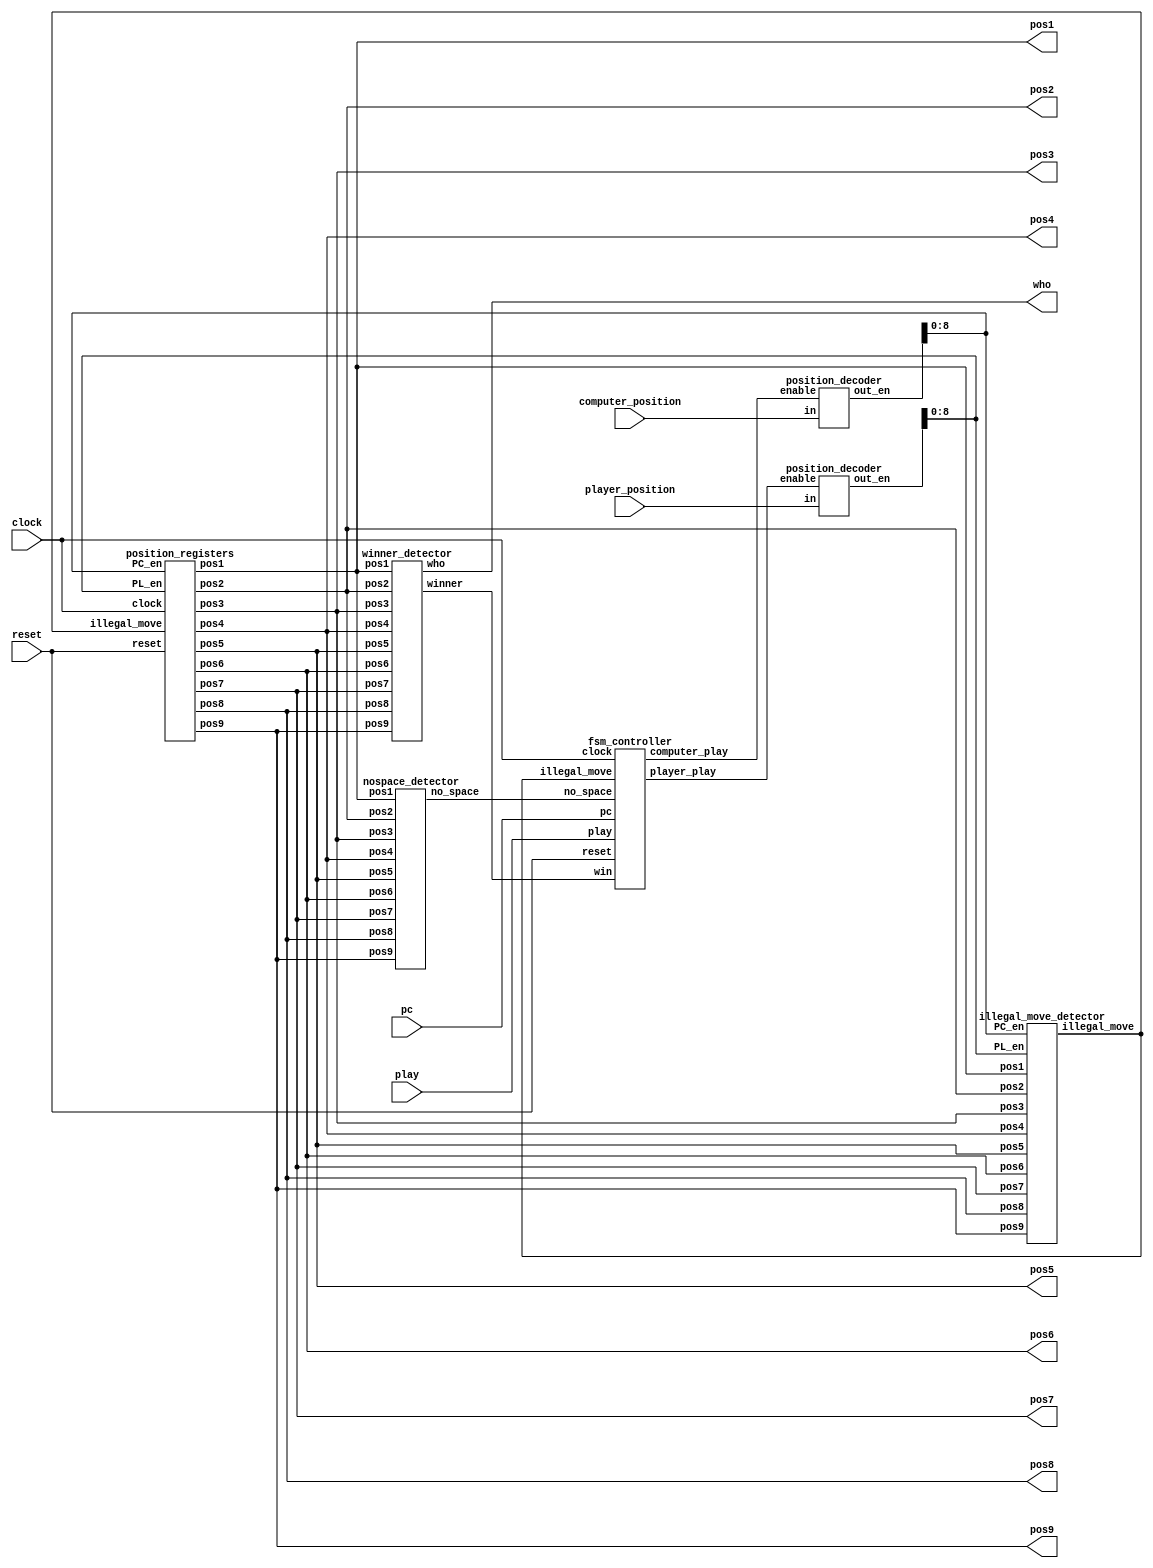
`timescale 1ns / 1ps
//////////////////////////////////////////////////////////////////////////////////
// Company: 
// Engineer: 
// 
// Design Name: 
// Module Name:    tic_tac_toe_game 
// Project Name: 
// Target Devices: 
// Tool versions: 
// Description: 
//
// Dependencies: 
//
// Revision: 
// Revision 0.01 - File Created
// Additional Comments: 
//
//////////////////////////////////////////////////////////////////////////////////
module tic_tac_toe_game(
    input clock, // clock of the game 
     input reset, // reset button to reset the game 
     input play, // play button to enable player to play 
     input pc, // pc button to enable computer to play 
     input [3:0] computer_position,player_position, 
     // positions to play 
     output wire [1:0] pos1,pos2,pos3,
     pos4,pos5,pos6,pos7,pos8,pos9,
     // LED display for positions 
     // 01: Player 
     // 10: Computer 
     output wire[1:0]who 
     // who the winner is 
     );
	  
	  wire [15:0] PC_en;// Computer enable signals 
 wire [15:0] PL_en; // Player enable signals 
 wire illegal_move; // disable writing when an illegal move is detected 
 //wire [1:0] pos1,pos2,pos3,pos4,pos5,pos6,pos7,pos8,pos9;// positions stored
 wire win; // win signal 
 wire computer_play; // computer enabling signal 
 wire player_play; // player enabling signal 
 wire no_space;
 position_registers position_reg_unit(
      clock, // clock of the game 
      reset, // reset the game 
      illegal_move, // disable writing when an illegal move is detected 
      PC_en[8:0], // Computer enable signals 
      PL_en[8:0], // Player enable signals 
      pos1,pos2,pos3,pos4,pos5,pos6,pos7,pos8,pos9// positions stored
      );
		
		// winner detector 
 winner_detector win_detect_unit(pos1,pos2,pos3,pos4,pos5,pos6,pos7,pos8,pos9,win,who);
 // position decoder for computer 
 position_decoder pd1(computer_position,computer_play,PC_en);
 // position decoder for player  
 position_decoder pd2(player_position,player_play,PL_en); 
 // illegal move detector
  illegal_move_detector imd_unit(
   pos1,pos2,pos3,pos4,pos5,pos6,pos7,pos8,pos9, 
   PC_en[8:0], PL_en[8:0], 
   illegal_move
   );
	// no space detector 
 nospace_detector nsd_unit(
   pos1,pos2,pos3,pos4,pos5,pos6,pos7,pos8,pos9, 
   no_space
    ); 
 fsm_controller tic_tac_toe_controller(
     clock,// clock of the circuit 
     reset,// reset 
     play, // player plays 
     pc,// computer plays 
     illegal_move,// illegal move detected 
     no_space, // no_space detected 
     win, // winner detected 
     computer_play, // enable computer to play 
     player_play // enable player to play 
     );
endmodule 

	// when enabling by the FSM controller 
module position_registers(
      input clock, // clock of the game 
      input reset, // reset the game 
      input illegal_move, // disable writing when an illegal move is detected 
      input [8:0] PC_en, // Computer enable signals 
      input [8:0] PL_en, // Player enable signals 
      output reg[1:0] pos1,pos2,pos3,pos4,pos5,pos6,pos7,pos8,pos9// positions stored
      );
// Position 1 
 always @(posedge clock or posedge reset)
 begin
  if(reset) 
   pos1 <= 2'b00;
  else begin
   if(illegal_move==1'b1)
    pos1 <= pos1;// keep previous position
   else if(PC_en[0]==1'b1)
    pos1 <= 2'b10; // store computer data 
   else if (PL_en[0]==1'b1)
    pos1 <= 2'b01;// store player data 
   else 
    pos1 <= pos1;// keep previous position
  end 
 end 
 // Position 2 
 always @(posedge clock or posedge reset)
 begin
  if(reset) 
   pos2 <= 2'b00;
  else begin
   if(illegal_move==1'b1)
    pos2 <= pos2;// keep previous position
   else if(PC_en[1]==1'b1)
    pos2 <= 2'b10; // store computer data 
   else if (PL_en[1]==1'b1)
    pos2 <= 2'b01;// store player data 
   else 
    pos2 <= pos2;// keep previous position
  end 
 end 
 
 // Position 3 
 always @(posedge clock or posedge reset)
 begin
  if(reset) 
   pos3 <= 2'b00;
  else begin
   if(illegal_move==1'b1)
    pos3 <= pos3;// keep previous position
   else if(PC_en[2]==1'b1)
    pos3 <= 2'b10; // store computer data 
   else if (PL_en[2]==1'b1)
    pos3 <= 2'b01;// store player data 
   else 
    pos3 <= pos3;// keep previous position
  end 
 end  
 // Position 4 
 always @(posedge clock or posedge reset)
 begin
  if(reset) 
   pos4 <= 2'b00;
  else begin
   if(illegal_move==1'b1)
    pos4 <= pos4;// keep previous position
   else if(PC_en[3]==1'b1)
    pos4 <= 2'b10; // store computer data 
   else if (PL_en[3]==1'b1)
    pos4 <= 2'b01;// store player data 
   else 
    pos4 <= pos4;// keep previous position
  end 
 end 
 // Position 5 
 always @(posedge clock or posedge reset)
 begin
  if(reset) 
   pos5 <= 2'b00;
  else begin
   if(illegal_move==1'b1)
    pos5 <= pos5;// keep previous position
   else if(PC_en[4]==1'b1)
    pos5 <= 2'b10; // store computer data 
   else if (PL_en[4]==1'b1)
    pos5 <= 2'b01;// store player data 
   else 
    pos5 <= pos5;// keep previous position
  end 
 end 
 // Position 6 
 always @(posedge clock or posedge reset)
 begin
  if(reset) 
   pos6 <= 2'b00;
  else begin
   if(illegal_move==1'b1)
    pos6 <= pos6;// keep previous position
   else if(PC_en[5]==1'b1)
    pos6 <= 2'b10; // store computer data 
   else if (PL_en[5]==1'b1)
    pos6 <= 2'b01;// store player data 
   else 
    pos6 <= pos6;// keep previous position
  end 
 end // Position 7 
 always @(posedge clock or posedge reset)
 begin
  if(reset) 
   pos7 <= 2'b00;
  else begin
   if(illegal_move==1'b1)
    pos7 <= pos7;// keep previous position
   else if(PC_en[6]==1'b1)
    pos7 <= 2'b10; // store computer data 
   else if (PL_en[6]==1'b1)
    pos7 <= 2'b01;// store player data 
   else 
    pos7 <= pos7;// keep previous position
  end 
 end 
 // Position 8 
 always @(posedge clock or posedge reset)
 begin
  if(reset) 
   pos8 <= 2'b00;
  else begin
   if(illegal_move==1'b1)
    pos8 <= pos8;// keep previous position
   else if(PC_en[7]==1'b1)
    pos8 <= 2'b10; // store computer data 
   else if (PL_en[7]==1'b1)
    pos8 <= 2'b01;// store player data 
   else 
    pos8 <= pos8;// keep previous position
  end 
 end 
 // Position 9 
 always @(posedge clock or posedge reset)
 begin
  if(reset) 
   pos9 <= 2'b00;
  else begin
   if(illegal_move==1'b1)
    pos9 <= pos9;// keep previous position
   else if(PC_en[8]==1'b1)
    pos9 <= 2'b10; // store computer data 
   else if (PL_en[8]==1'b1)
    pos9 <= 2'b01;// store player data 
   else 
    pos9 <= pos9;// keep previous position
  end 
 end  
endmodule 
 
 module fsm_controller(
     input clock,// clock of the circuit 
     input reset,// reset 
     play, // player plays 
     pc,// computer plays 
     illegal_move,// illegal move detected 
     no_space, // no_space detected 
     win, // winner detected 
     output reg computer_play, // enable computer to play 
     player_play // enable player to play 
     );
	  
	  // FSM States 
parameter IDLE=2'b00;
parameter PLAYER=2'b01;
parameter COMPUTER=2'b10;
parameter GAME_DONE=2'b11;
reg[1:0] current_state, next_state;
// current state registers 
always @(posedge clock or posedge reset) 
begin 
 if(reset)
  current_state <= IDLE;
 else 
  current_state <= next_state;
end 
 
 // next state 
always @(*)
 begin
 case(current_state)
 IDLE: begin 
  if(reset==1'b0 && play == 1'b1)
   next_state <= PLAYER; // player to play 
  else 
   next_state <= IDLE;
  player_play <= 1'b0;
  computer_play <= 1'b0;
 end 
  PLAYER:begin 
  player_play <= 1'b1;
  computer_play <= 1'b0;
  if(illegal_move==1'b0)
   next_state <= COMPUTER; // computer to play 
  else 
   next_state <= IDLE;
 end 
 COMPUTER:begin 
  player_play <= 1'b0;
  if(pc==1'b0) begin 
   next_state <= COMPUTER;
   computer_play <= 1'b0;
  end
   else if(win==1'b0 && no_space == 1'b0)
  begin 
   next_state <= IDLE;
   computer_play <= 1'b1;// computer to play when PC=1
  end 
  else if(no_space == 1 || win ==1'b1)
  begin 
   next_state <= GAME_DONE; // game done 
   computer_play <= 1'b1;// computer to play when PC=1
  end  
 end 
GAME_DONE:begin // game done
  player_play <= 1'b0;
  computer_play <= 1'b0; 
  if(reset==1'b1) 
   next_state <= IDLE;// reset the game to IDLE 
  else 
   next_state <= GAME_DONE;  
 end 
 default: next_state <= IDLE; 
 endcase
 end
endmodule 		

module nospace_detector(
   input [1:0] pos1,pos2,pos3,pos4,pos5,pos6,pos7,pos8,pos9, 
   output wire no_space
    );
wire temp1,temp2,temp3,temp4,temp5,temp6,temp7,temp8,temp9;
// detect no more space     
assign temp1 = pos1[1] | pos1[0];
assign temp2 = pos2[1] | pos2[0];
assign temp3 = pos3[1] | pos3[0];
assign temp4 = pos4[1] | pos4[0];
assign temp5 = pos5[1] | pos5[0];
assign temp6 = pos6[1] | pos6[0];
assign temp7 = pos7[1] | pos7[0];
assign temp8 = pos8[1] | pos8[0];
assign temp9 = pos9[1] | pos9[0];
// output
assign no_space =((((((((temp1 & temp2) & temp3) & temp4) & temp5) & temp6) & temp7) & temp8) & temp9);
endmodule 


module illegal_move_detector(
   input [1:0] pos1,pos2,pos3,pos4,pos5,pos6,pos7,pos8,pos9, 
   input [8:0] PC_en, PL_en, 
   output wire illegal_move
   );
wire temp1,temp2,temp3,temp4,temp5,temp6,temp7,temp8,temp9;
wire temp11,temp12,temp13,temp14,temp15,temp16,temp17,temp18,temp19;
wire temp21,temp22;
// player : illegal moving    
assign temp1 = (pos1[1] | pos1[0]) & PL_en[0];
assign temp2 = (pos2[1] | pos2[0]) & PL_en[1];
assign temp3 = (pos3[1] | pos3[0]) & PL_en[2];
assign temp4 = (pos4[1] | pos4[0]) & PL_en[3];
assign temp5 = (pos5[1] | pos5[0]) & PL_en[4];
assign temp6 = (pos6[1] | pos6[0]) & PL_en[5];
assign temp7 = (pos7[1] | pos7[0]) & PL_en[6];
assign temp8 = (pos8[1] | pos8[0]) & PL_en[7];
assign temp9 = (pos9[1] | pos9[0]) & PL_en[8];
// computer : illegal moving  
assign temp11 = (pos1[1] | pos1[0]) & PC_en[0];
assign temp12 = (pos2[1] | pos2[0]) & PC_en[1];
assign temp13 = (pos3[1] | pos3[0]) & PC_en[2];
assign temp14 = (pos4[1] | pos4[0]) & PC_en[3];
assign temp15 = (pos5[1] | pos5[0]) & PC_en[4];
assign temp16 = (pos6[1] | pos6[0]) & PC_en[5];
assign temp17 = (pos7[1] | pos7[0]) & PC_en[6];
assign temp18 = (pos8[1] | pos8[0]) & PC_en[7];
assign temp19 = (pos9[1] | pos9[0]) & PC_en[8];
// intermediate signals 
assign temp21 =((((((((temp1 | temp2) | temp3) | temp4) | temp5) | temp6) | temp7) | temp8) | temp9);
assign temp22 =((((((((temp11 | temp12) | temp13) | temp14) | temp15) | temp16) | temp17) | temp18) | temp19);
// output illegal move 
assign illegal_move = temp21 | temp22 ;
endmodule 

module position_decoder(input[3:0] in, input enable, output wire [15:0] out_en);
 reg[15:0] temp1;
 assign out_en = (enable==1'b1)?temp1:16'd0;
 always @(*)
 begin
 case(in)
 4'd0: temp1 <= 16'b0000000000000001;
 4'd1: temp1 <= 16'b0000000000000010; 
 4'd2: temp1 <= 16'b0000000000000100;
 4'd3: temp1 <= 16'b0000000000001000;
 4'd4: temp1 <= 16'b0000000000010000;
 4'd5: temp1 <= 16'b0000000000100000;
 4'd6: temp1 <= 16'b0000000001000000;
 4'd7: temp1 <= 16'b0000000010000000;
 4'd8: temp1 <= 16'b0000000100000000;
 4'd9: temp1 <= 16'b0000001000000000;
 4'd10: temp1 <= 16'b0000010000000000;
 4'd11: temp1 <= 16'b0000100000000000;
 4'd12: temp1 <= 16'b0001000000000000;
 4'd13: temp1 <= 16'b0010000000000000;
 4'd14: temp1 <= 16'b0100000000000000;
 4'd15: temp1 <= 16'b1000000000000000;
 default: temp1 <= 16'b0000000000000001; 
 endcase 
end 
endmodule 

module winner_detector(input [1:0] pos1,pos2,pos3,pos4,pos5,pos6,pos7,pos8,pos9, output wire winner, output wire [1:0]who);
wire win1,win2,win3,win4,win5,win6,win7,win8;
wire [1:0] who1,who2,who3,who4,who5,who6,who7,who8;
winner_detect_3 u1(pos1,pos2,pos3,win1,who1);// (1,2,3);
winner_detect_3 u2(pos4,pos5,pos6,win2,who2);// (4,5,6);
winner_detect_3 u3(pos7,pos8,pos9,win3,who3);// (7,8,9);
winner_detect_3 u4(pos1,pos4,pos7,win4,who4);// (1,4,7);
winner_detect_3 u5(pos2,pos5,pos8,win5,who5);// (2,5,8);
winner_detect_3 u6(pos3,pos6,pos9,win6,who6);// (3,6,9);
winner_detect_3 u7(pos1,pos5,pos9,win7,who7);// (1,5,9);
winner_detect_3 u8(pos3,pos5,pos6,win8,who8);// (3,5,7);
assign winner = (((((((win1 | win2) | win3) | win4) | win5) | win6) | win7) | win8);
assign who = (((((((who1 | who2) | who3) | who4) | who5) | who6) | who7) | who8);
endmodule 

module winner_detect_3(input [1:0] pos0,pos1,pos2, output wire winner, output wire [1:0]who);
wire [1:0] temp0,temp1,temp2;
wire temp3;
assign temp0[1] = !(pos0[1]^pos1[1]);
assign temp0[0] = !(pos0[0]^pos1[0]);
assign temp1[1] = !(pos2[1]^pos1[1]);
assign temp1[0] = !(pos2[0]^pos1[0]);
assign temp2[1] = temp0[1] & temp1[1];
assign temp2[0] = temp0[0] & temp1[0];
assign temp3 = pos0[1] | pos0[0];
// winner if 3 positions are similar and should be 01 or 10 
assign winner = temp3 & temp2[1] & temp2[0];
// determine who the winner is 
assign who[1] = winner & pos0[1];
assign who[0] = winner & pos0[0];
endmodule